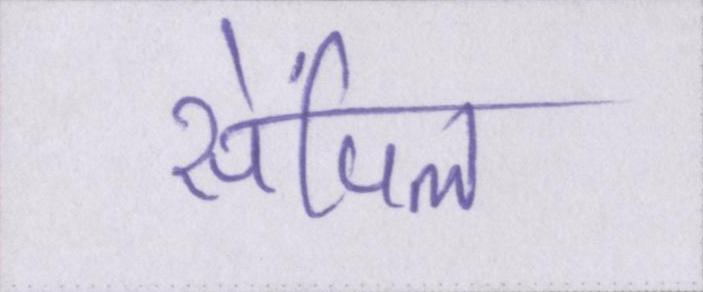
सेंपिल